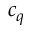
c _ { q }